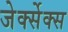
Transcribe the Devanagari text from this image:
जेर्क्सेक्स